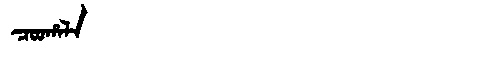
Manchu: ᠴᠣᠣᡥᠠᠯᠠ
Romanization: COOHALA